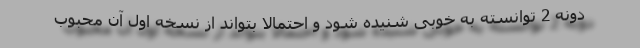
دونه 2 توانسته به خوبی شنیده شود و احتمالا بتواند از نسخه اول آن محبوب